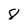
Character: 8